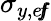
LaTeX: \sigma_{y,e\! f\! \! f}